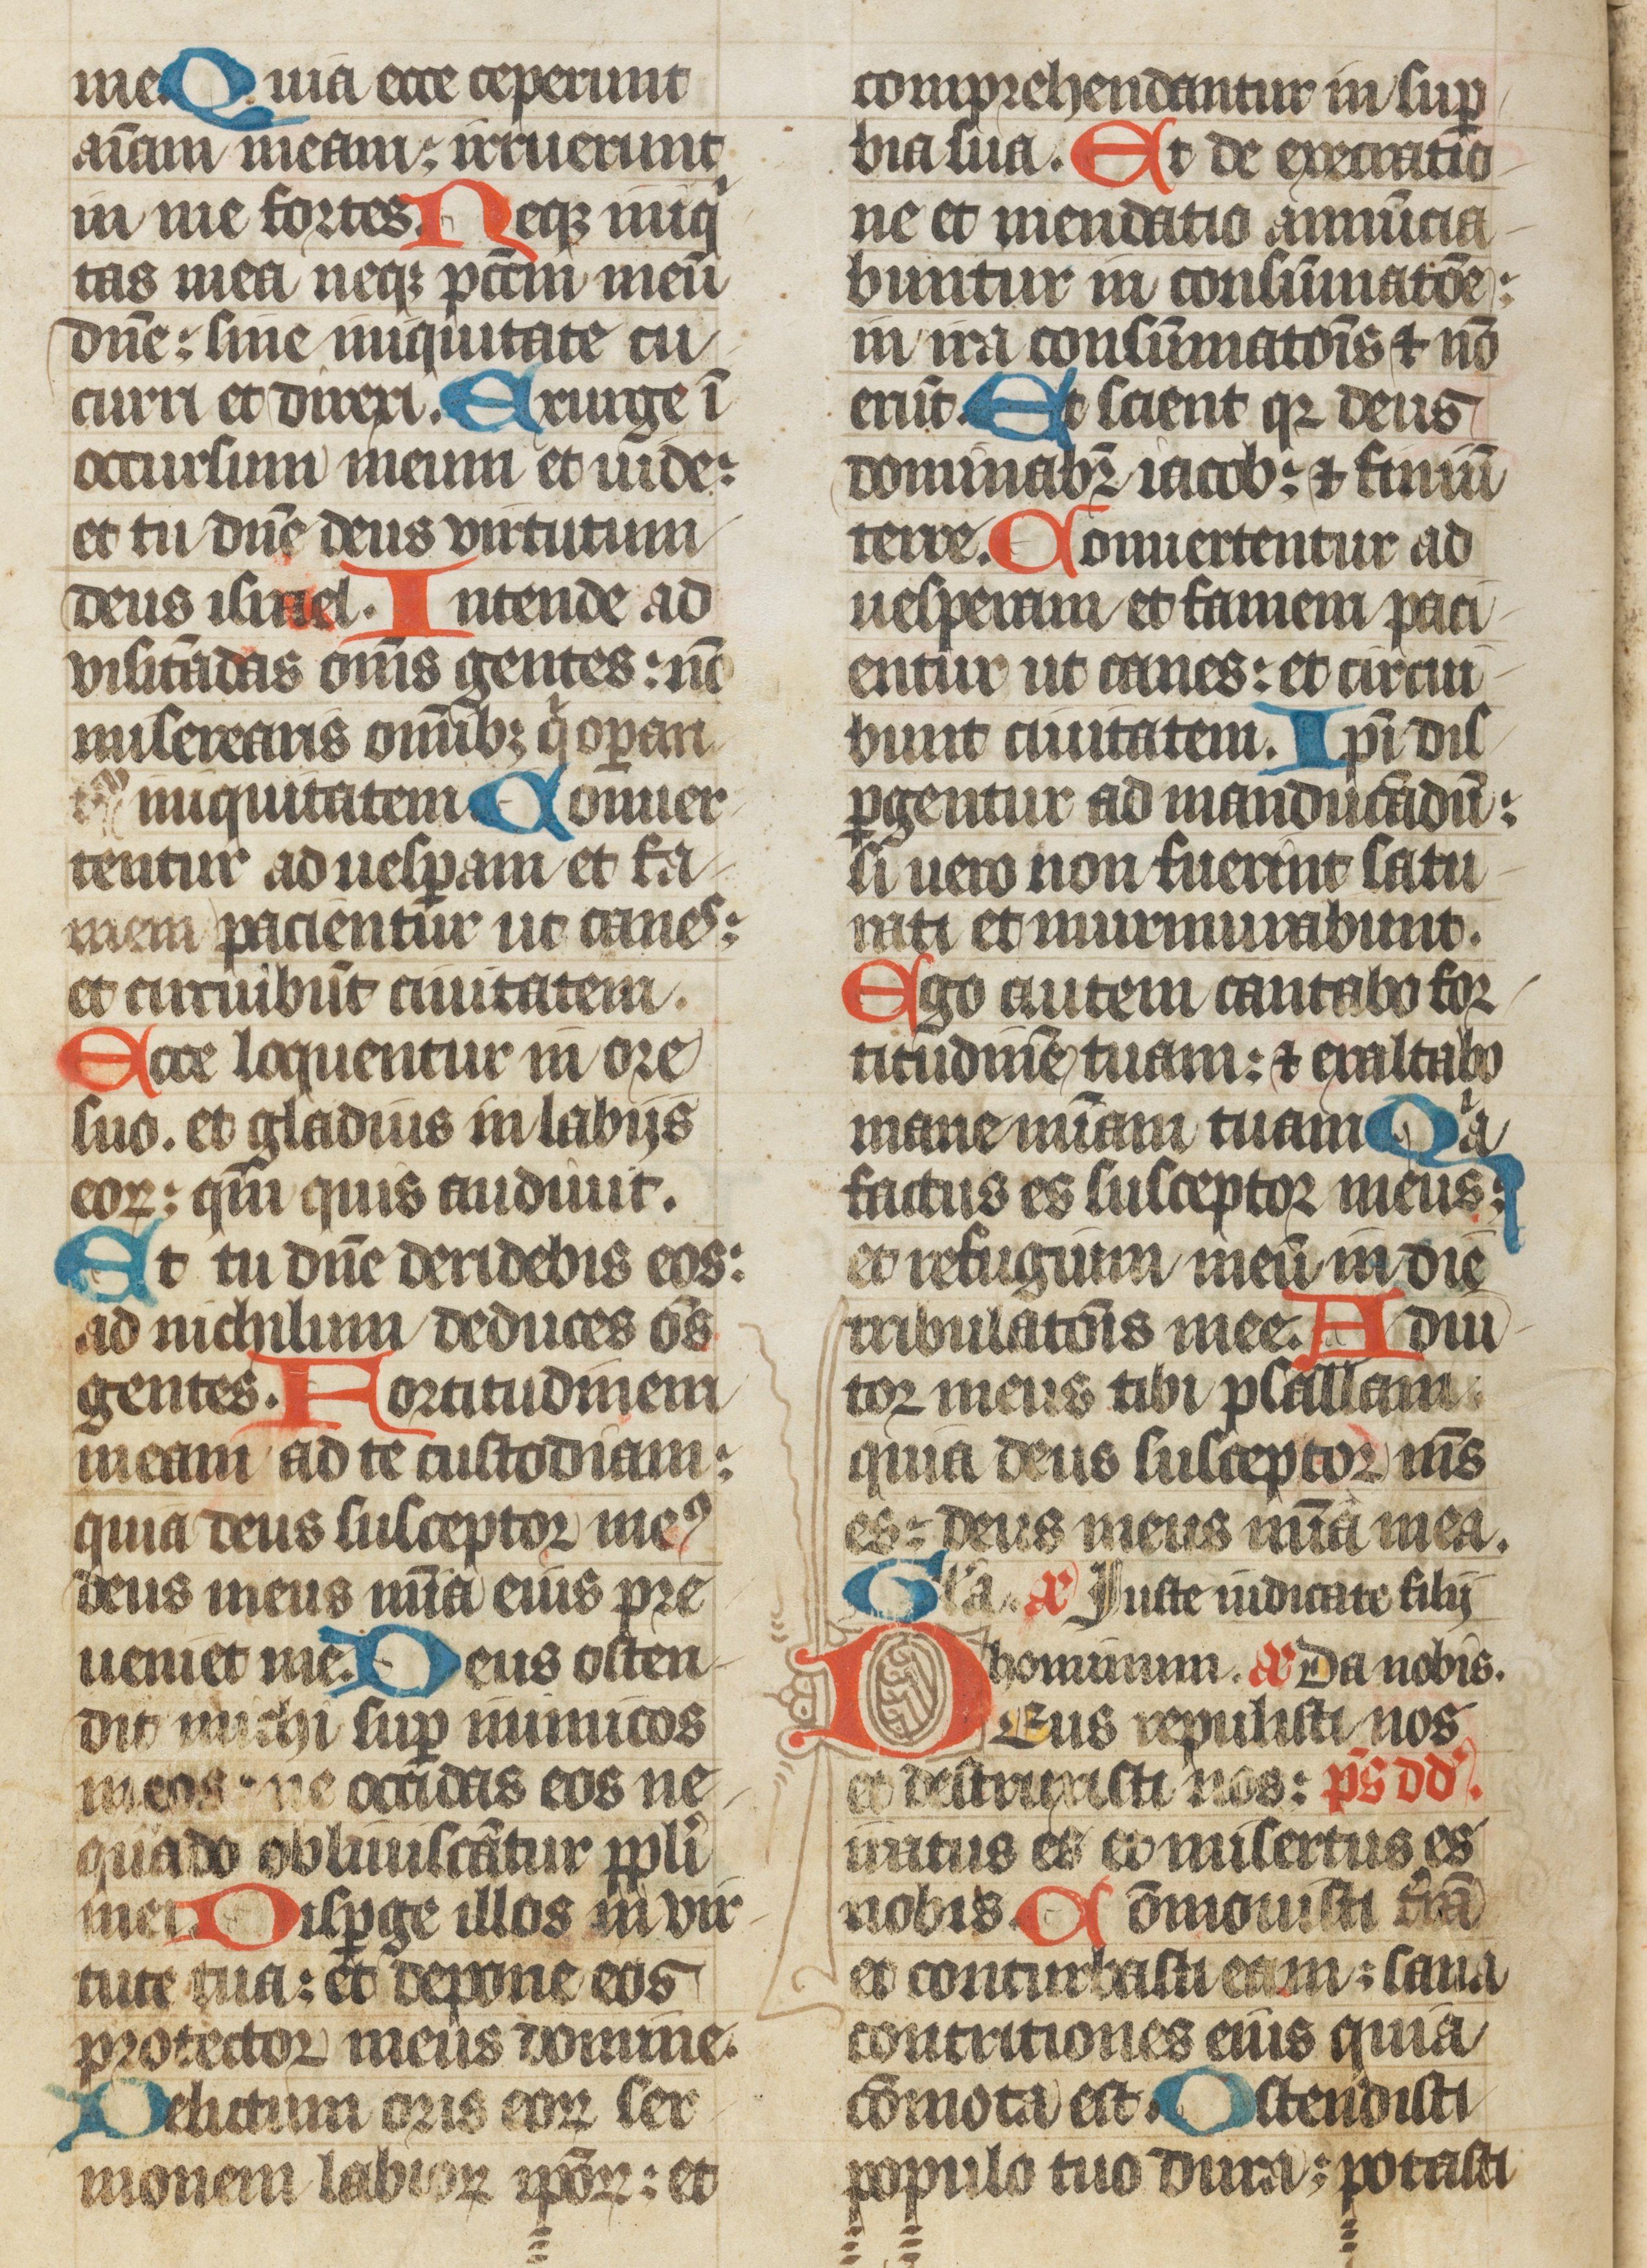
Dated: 1385–1415